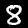
Digit: 8